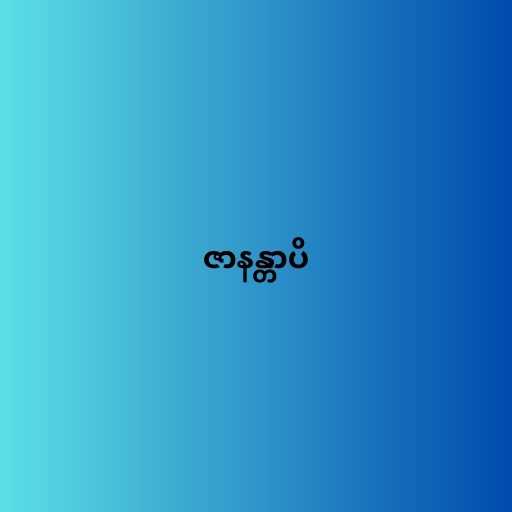
ဇာနန္တာပိ